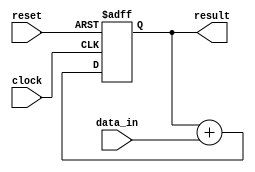
module pipeline_accumulator (
    input wire clock,
    input wire reset,
    input wire [7:0] data_in,
    output wire [7:0] result
);

reg [7:0] accumulator;

always @(posedge clock or posedge reset) begin
    if (reset) begin
        accumulator <= 8'b0;
    end else begin
        accumulator <= accumulator + data_in;
    end
end

assign result = accumulator;

endmodule